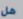
هل